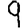
Digit: 9